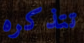
تتذكره